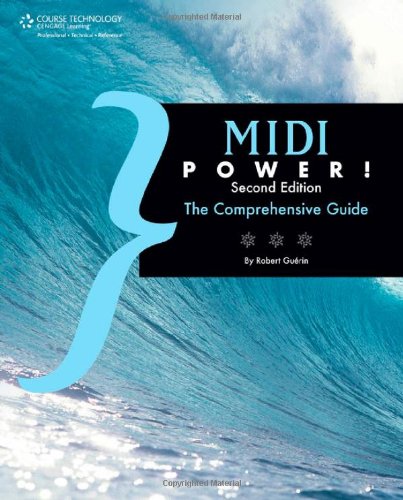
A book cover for MIDI Power!: The Comprehensive Guide; Robert Guerin; Arts & Photography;